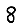
Digit: 8